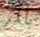
بالمر